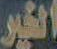
الخير